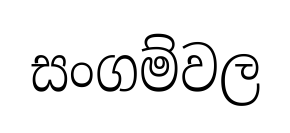
සංගම්වල